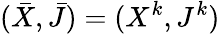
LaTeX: (\bar{X},\bar{J})=(X^{k},J^{k})